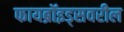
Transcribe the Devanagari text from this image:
फायब्रॉइड्‌सवरील